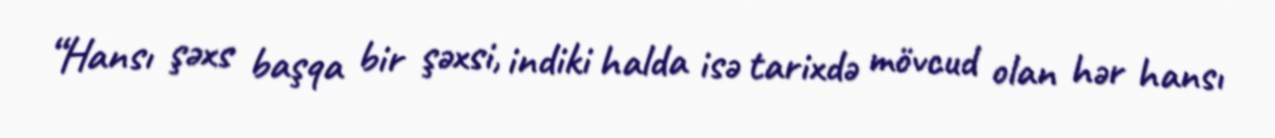
“Hansı şəxs başqa bir şəxsi, indiki halda isə tarixdə mövcud olan hər hansı